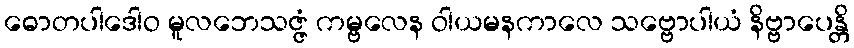
ဓောတပါဒေါဝ မူလဘေသဇ္ဇံ ကမ္ဗလေန ဝါယမနကာလေ သဗ္ဗောပါယံ နိဗ္ဗာပေန္တိ